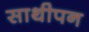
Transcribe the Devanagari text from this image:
साथीपन